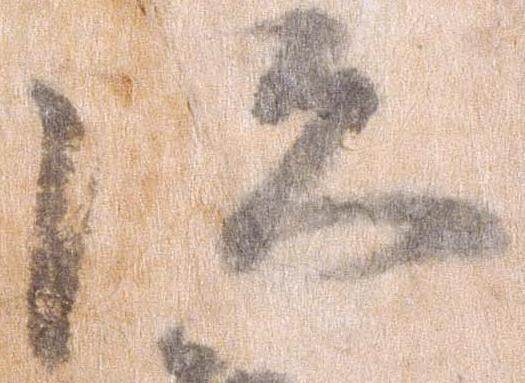
次